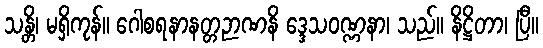
သန္တိ၊ မရှိကုန်။ ဂေါစရနာနတ္တဉာဏနိ ဒ္ဒေသဝဏ္ဏနာ၊ သည်။ နိဋ္ဌိတာ၊ ပြီ။